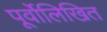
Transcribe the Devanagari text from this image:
पूर्वोलिखित